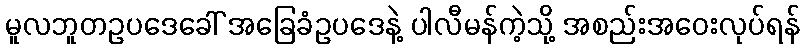
မူလဘူတဥပဒေခေါ် အခြေခံဥပဒေနဲ့ ပါလီမန်ကဲ့သို့ အစည်းအဝေးလုပ်ရန်